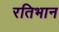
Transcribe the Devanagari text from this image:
रतिभान